Subject: math
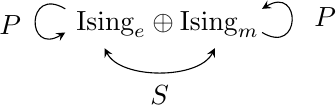
LaTeX code:
\begin{tikzpicture}[baseline]
\begin{scope}[shift={(0,3)}]
\node at (1.5,-3) {$\text{Ising}_e\oplus\text{Ising}_m$};
\node at (3.5,-2.9) {$P$};
\draw [-stealth](2.7,-3.1) .. controls (3.2,-3.4) and (3.2,-2.5) .. (2.7,-2.8);
\draw [-stealth,rotate=180](-0.2,2.8) .. controls (0.3,2.5) and (0.3,3.4) .. (-0.2,3.1);
\node at (-0.5,-3) {$P$};
\draw [stealth-stealth](0.7,-3.3) .. controls (0.9,-3.7) and (1.9,-3.7) .. (2.1,-3.3);
\node at (1.4,-3.9) {$S$};
\end{scope}
\end{tikzpicture}